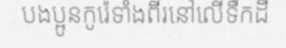
បងប្អូនកូរ៉េទាំងពីរនៅលើទឹកដី